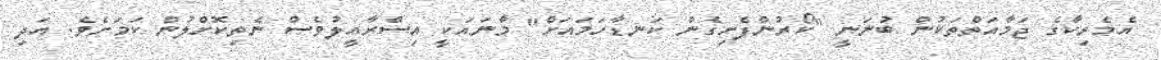
އެމެރިކާގެ ޖަމާއަތްތަކުން ބުނަނީ "ކޯރުންފެށިގެން ކަނޑާހަމައަށް" މާނައަކީ އިސްރާއީލުވެސް ނެތިކޮށްލުން ކަމަށެވެ. އަދި